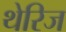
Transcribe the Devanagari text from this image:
थेरिज